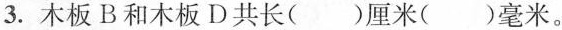
3.木板B和木板D共长()厘米()毫米。